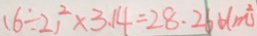
( 6 \div 2 ) ^ { 2 } \times 3 . 1 4 = 2 8 . 2 6 6 ( m ^ { 2 } )